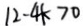
1 2 - 4 k > 0